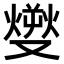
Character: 𤎬